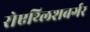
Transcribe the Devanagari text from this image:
रोएथ्लिशबर्गर